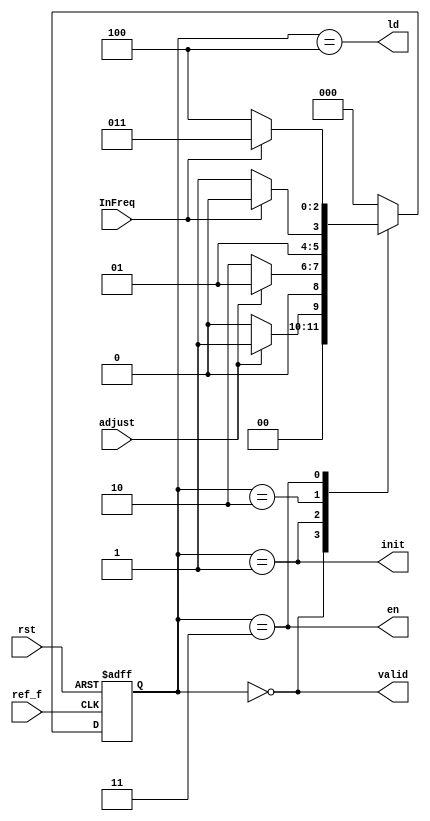
module Controller(input InFreq, ref_f, adjust, rst, output valid, init, en, ld);
	reg [2 : 0]ps;
	reg [2 : 0]ns;

	always @(InFreq, adjust)
	begin
		case(ps)
			3'b000: ns = adjust ? 3'b001 : 3'b000;
			3'b001: ns = adjust ? 3'b001 : 3'b010;
			3'b010: ns = InFreq ? 3'b010 : 3'b011;
			3'b011: ns = InFreq ? 3'b011 : 3'b100;
			3'b100: ns = 3'b000;
			default: ns = 3'b00;
		endcase
	end

	assign valid = (ps == 3'b000);
	assign init = (ps == 3'b001);
	assign en = (ps == 3'b011);
	assign ld = (ps == 3'b100);

	always @(posedge rst, posedge ref_f)
	begin
		if (rst)
			ps = 0;
		else
			ps = ns;
	end
endmodule